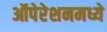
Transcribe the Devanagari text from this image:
ऑपेरेशनमध्ये